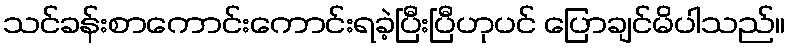
သင်ခန်းစာကောင်းကောင်းရခဲ့ပြီးပြီဟုပင် ပြောချင်မိပါသည်။